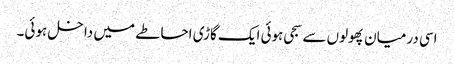
اسی درمیان پھولوں سے سجی ہوئی ایک گاڑی احاطے میں داخل ہوئی۔